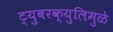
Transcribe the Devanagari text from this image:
ट्युबरक्युलिमुळे